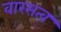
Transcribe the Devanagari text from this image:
वारसत्व